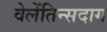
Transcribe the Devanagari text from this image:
वेलेंतिन्सदाग